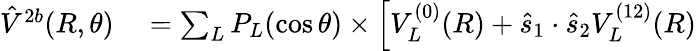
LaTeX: \begin{array}{rl}{\hat{V}^{2b}(R,\theta)}&{{}=\sum_{L}P_{L}(\cos\theta)\times\Big[V_{L}^{(0)}(R)+\hat{s}_{1}\cdot\hat{s}_{2}V_{L}^{(12)}(R)}\end{array}